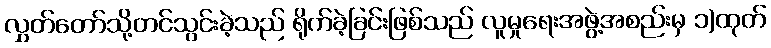
လွှတ်တော်သို့တင်သွင်းခဲ့သည် ရိုက်ခဲ့ခြင်းဖြစ်သည် လူမှုရေးအဖွဲ့အစည်းမှ ၁)ထုတ်